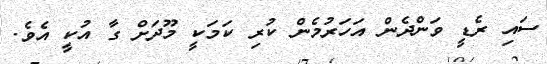
ސައި ރެޑީ ވަންދެން އަހަރުމެން ކުރި ކަމަކީ މޫދަށް ގާ އުކީ އެވެ.